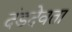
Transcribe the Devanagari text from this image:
दंडदेवता